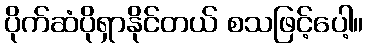
ပိုက်ဆံပိုရှာနိုင်တယ် စသဖြင့်ပေါ့။